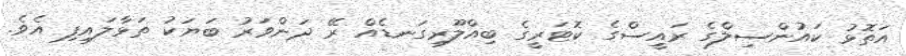
އަތޮޅު ކައުންސިލްގެ ރައީސްގެ ކޮޓަރީގެ ބިއްލޫރިގަނޑެއް ރޭ ދަންވަރު ބަޔަކު ތަޅާލައިފި އެވެ.